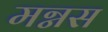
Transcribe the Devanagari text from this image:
मग्नस